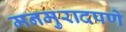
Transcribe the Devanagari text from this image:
मनमुरादपणे